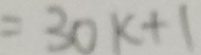
= 3 0 k + 1